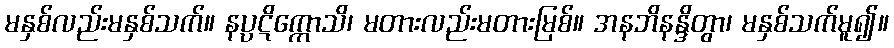
မနှစ်လည်းမနှစ်သက်။ နပ္ပဋိက္ကောသိ၊ မတားလည်းမတားမြစ်။ အနဘိနန္ဒိတွာ၊ မနှစ်သက်မူ၍။